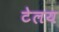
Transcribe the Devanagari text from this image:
टेलय